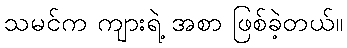
သမင်က ကျားရဲ့ အစာ ဖြစ်ခဲ့တယ်။